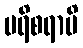
ပရိစရာမိ